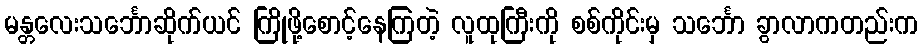
မန္တလေးသင်္ဘောဆိုက်ယင် ကြိုဖို့စောင့်နေကြတဲ့ လူထုကြီးကို စစ်ကိုင်းမှ သင်္ဘော ခွာလာကတည်းက